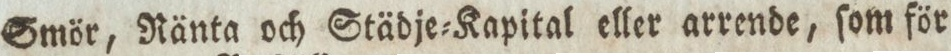
Smör, Nänta och Städje=Kapital eller arrende, ſom för